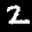
Label: 2